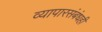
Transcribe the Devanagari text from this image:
व्यापारसंबंधही